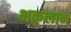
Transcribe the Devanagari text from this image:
भकुलान